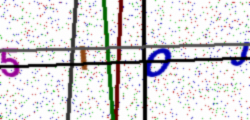
Text: 5IOJ